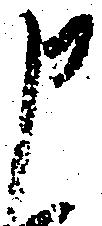
申